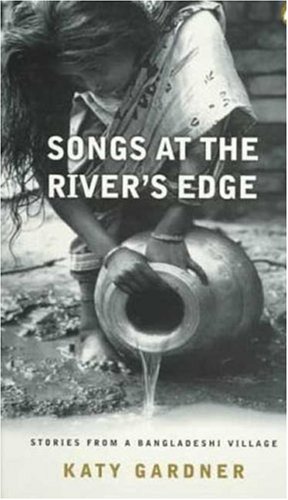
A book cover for Songs At the River's Edge: Stories From a Bangladeshi Village; Katy Gardner; Travel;